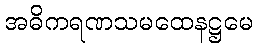
အဓိကရဏသမထေနဋ္ဌမေ